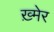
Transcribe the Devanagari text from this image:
ख़्मेर